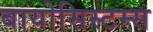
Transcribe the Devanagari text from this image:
बायोसिस्टम्स